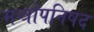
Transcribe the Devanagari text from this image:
मन्त्रोपनिषद